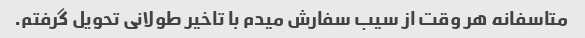
متاسفانه هر وقت از سیب سفارش میدم با تاخیر طولانی تحویل گرفتم.